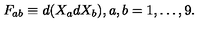
F _ { a b } \equiv d ( X _ { a } d X _ { b } ) , a , b = 1 , \ldots , 9 .